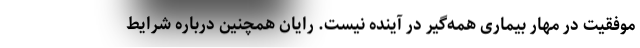
موفقیت در مهار بیماری همه‌گیر در آینده نیست. رایان همچنین درباره شرایط